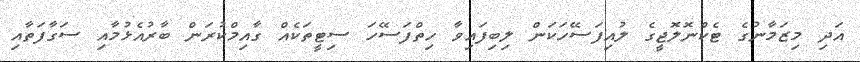
އަދި މިޒަމާނުގެ ޓެކްނޮލޮޖީގެ ލުއިފަސޭހަކަން ލިބިފައިވާ ހިތްފަސޭހަ ސިޓީތަކެއް ގާއިމްކުރަން ބާރުއެޅުމާއި ސަގާފަތާއި